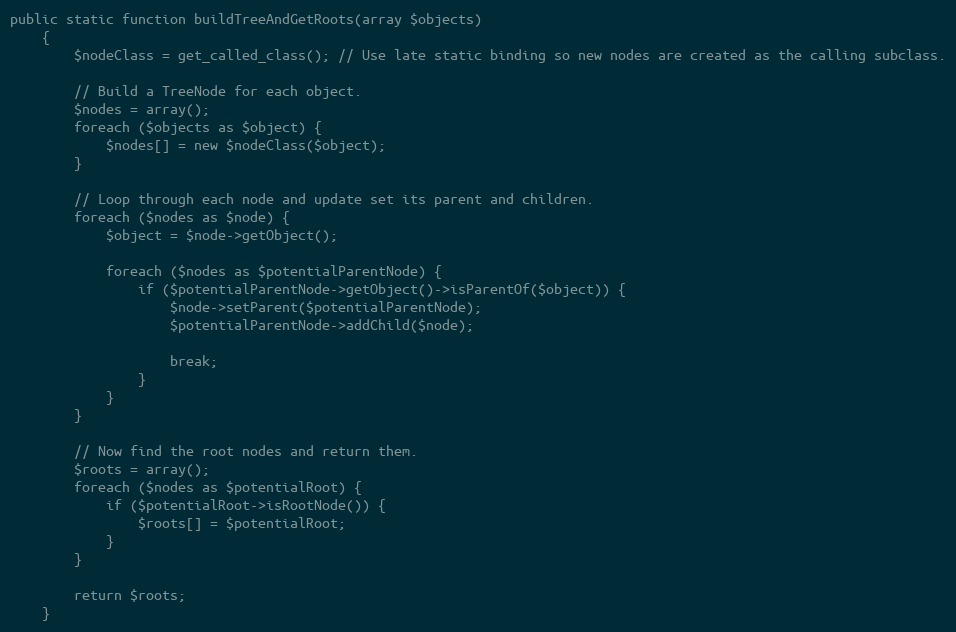
Language: PHP
public static function buildTreeAndGetRoots(array $objects)
    {
        $nodeClass = get_called_class(); // Use late static binding so new nodes are created as the calling subclass.

        // Build a TreeNode for each object.
        $nodes = array();
        foreach ($objects as $object) {
            $nodes[] = new $nodeClass($object);
        }

        // Loop through each node and update set its parent and children.
        foreach ($nodes as $node) {
            $object = $node->getObject();

            foreach ($nodes as $potentialParentNode) {
                if ($potentialParentNode->getObject()->isParentOf($object)) {
                    $node->setParent($potentialParentNode);
                    $potentialParentNode->addChild($node);

                    break;
                }
            }
        }

        // Now find the root nodes and return them.
        $roots = array();
        foreach ($nodes as $potentialRoot) {
            if ($potentialRoot->isRootNode()) {
                $roots[] = $potentialRoot;
            }
        }

        return $roots;
    }